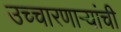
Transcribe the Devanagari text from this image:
उच्चारणाऱ्यांची